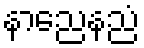
နာညေနညံ